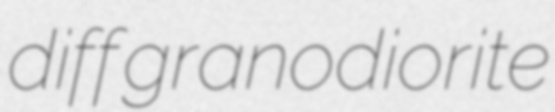
diff granodiorite